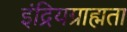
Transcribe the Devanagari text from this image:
इंद्रियग्राह्मता